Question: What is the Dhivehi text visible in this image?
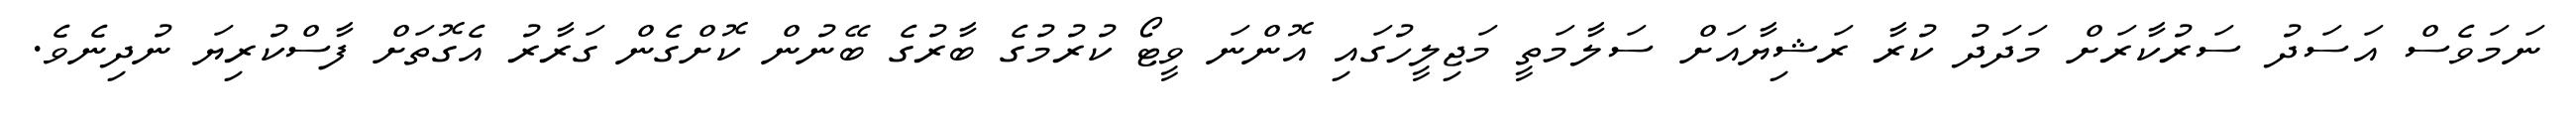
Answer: ނަމަވެސް އަސަދު ސަރުކާރަށް މަދަދު ކުރާ ރަޝިޔާއަށް ސަލާމަތީ މަޖިލީހުގައި އޮންނަ ވީޓޯ ކުރުމުގެ ބާރުގެ ބޭނުން ކޮށްގެން ގަރާރު އެގޮތަށް ފާސްކުރިޔަ ނުދިނެވެ.